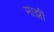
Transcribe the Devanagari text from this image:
माझीं